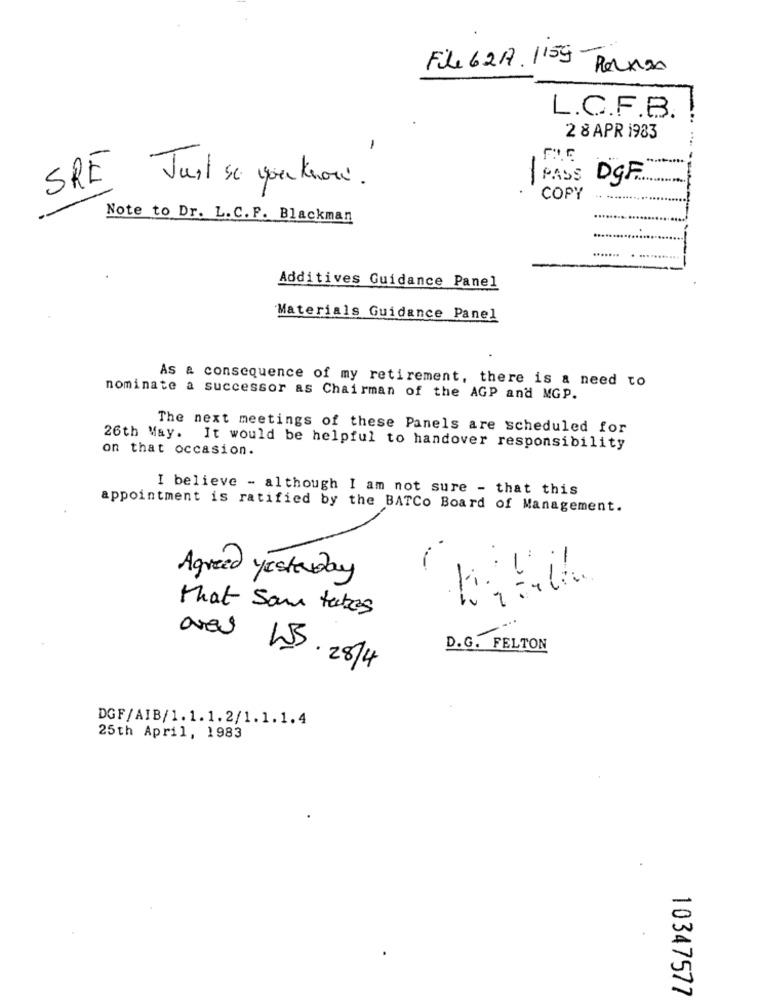
-
Fl 62A . 1159
L.C.F.B.
2 8 APR 1983
-
-
SRE
PASS
DGF
Just se you know .
COPY
Note to Dr. L.C.F. Blackman
Additives Guidance Panel
Materials Guidance Panel
As & consequence of my retirement, there is a need to
nominate a successor as Chairman of the AGP and MGP.
The next meetings of these Panels are scheduled for
on that occasion.
26th May. It would be helpful to handover responsibility
I believe - although I am not sure - that this
appointment is ratified by the BATCo Board of Management.
-
-
Agreed yesterday
that Som takes
D.G. FELTON
avec WS. 28/4
DGF/AIB/1.1.1.2/1.1.1.4
25th April, 1983
10347577